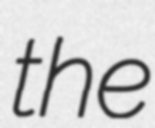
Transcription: the